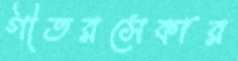
গীতরসেকার